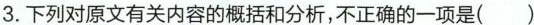
3. 下列对原文有关内容的概括和分析，不正确的一项是( )